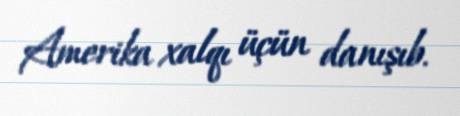
Amerika xalqı üçün danışıb.